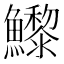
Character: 𩼽